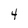
Character: 4